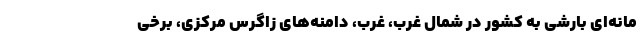
مانه‌ای بارشی به کشور در شمال غرب، غرب، دامنه‌های زاگرس مرکزی، برخی